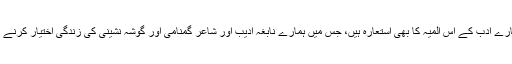
رساؔچغتائی ہمارے ادب کے اس المیہ کا بھی استعارہ ہیں، جس میں ہمارے نابغہ ادیب اور شاعر گمنامی اور گوشہ نشینی کی زندگی اختیار کرنے پر مجبور ہیں۔